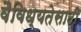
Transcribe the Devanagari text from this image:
वैविध्यतेसाठी